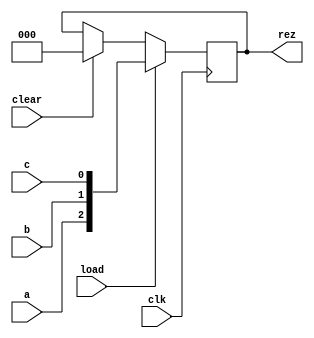
module regD_dim3(input a, b, c, clk, load, clear, output [2:0]rez);
    reg [2:0] rez;

    always @(posedge clk)
        begin
            if (clear == 1) begin
                rez = 0;
            end
            
            if (load == 1) begin
                rez = {a, b, c};
            end
        end
endmodule